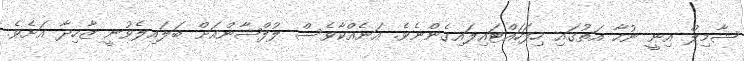
ޝާމިލް އިނީ ނުހާ އަތުގައި ހިފަހައްޓައިލައިގެންނެވެ. އަނެއްކާވެސް ލުފްޝާންއަށް ބަލައިލެވުނީ ޒާހިދާ އަށެވެ.